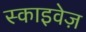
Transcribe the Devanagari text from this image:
स्काइवेज़